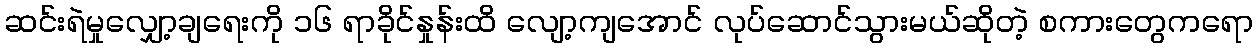
ဆင်းရဲမှုလျှော့ချရေးကို ၁၆ ရာခိုင်နှုန်းထိ လျော့ကျအောင် လုပ်ဆောင်သွားမယ်ဆိုတဲ့ စကားတွေကရော